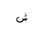
Letter: _shin